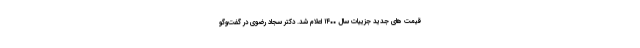
قیمت‌ های جدید جزییات سال ۱۴۰۰ اعلام شد. دکتر سجاد رضوی در گفت‌وگو